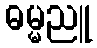
ဓမ္မညူ